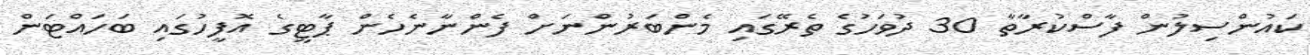
ކައުންސިލުން ފާސްކުރާތާ 30 ދުވަހުގެ ތެރޭގައި މެންބަރުންނަށް ފެންނާނެހެން ޕާޓީގެ އޮފީހުގައި ބަހައްޓަން